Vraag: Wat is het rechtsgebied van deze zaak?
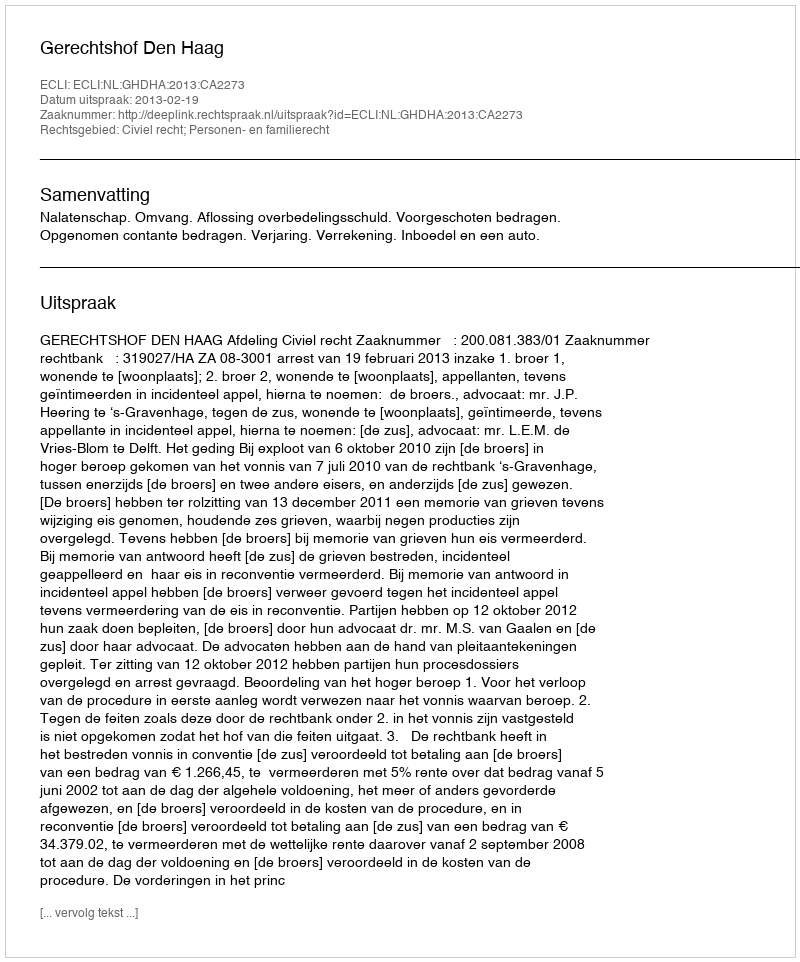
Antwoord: Civiel recht; Personen- en familierecht